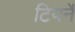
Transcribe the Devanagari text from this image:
टियर्ने